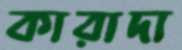
কারাদা